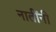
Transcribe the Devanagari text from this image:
नातींनी